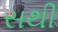
સથી